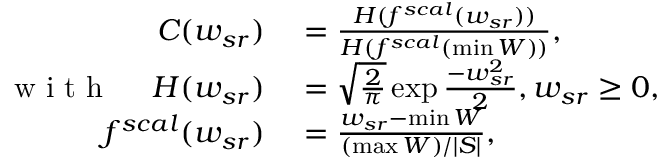
\begin{array} { r l } { C ( w _ { s r } ) } & { { } = \frac { H ( f ^ { s c a l } ( w _ { s r } ) ) } { H ( f ^ { s c a l } ( \operatorname* { m i n } W ) ) } , } \\ { \mathrm { ~ w ~ i ~ t ~ h ~ } \quad \; H ( w _ { s r } ) } & { { } = \sqrt { \frac { 2 } { \pi } } \exp { \frac { - w _ { s r } ^ { 2 } } { 2 } } , w _ { s r } \geq 0 , } \\ { f ^ { s c a l } ( w _ { s r } ) } & { { } = \frac { w _ { s r } - \operatorname* { m i n } W } { ( \operatorname* { m a x } W ) / | S | } , } \end{array}